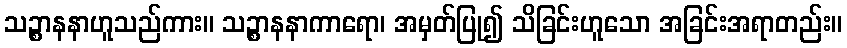
သဉ္စာနနာဟူသည်ကား။ သဉ္စာနနာကာရော၊ အမှတ်ပြု၍ သိခြင်းဟူသော အခြင်းအရာတည်း။